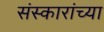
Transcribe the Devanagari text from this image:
संस्कारांच्या